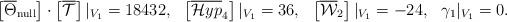
LaTeX: \begin{align*}\left[\overline{\Theta}_{\rm null}\right] \cdot \left[\overline{\mathcal{T}}\right] |_{V_1} &= 18432, & \left[\overline{\mathcal{H}yp}_4\right] |_{V_1} &= 36, & \left[\overline{\mathcal{W}}_2\right] |_{V_1} &= -24, & \gamma_1 |_{V_1} &=0.\end{align*}